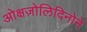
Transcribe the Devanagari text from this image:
ओक्षज़ोलिदिनोने